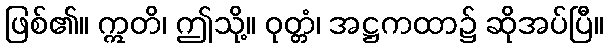
ဖြစ်၏။ ဣတိ၊ ဤသို့။ ဝုတ္တံ၊ အဋ္ဌကထာ၌ ဆိုအပ်ပြီ။